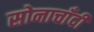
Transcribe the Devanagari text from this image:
सोनाचाँदी